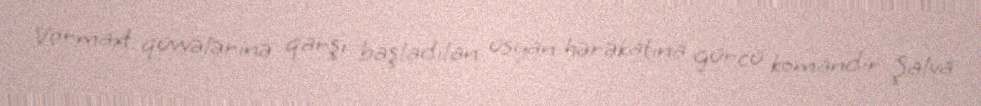
Vermaxt qüvvələrinə qarşı başladılan üsyan hərəkatına gürcü komandir Şalva